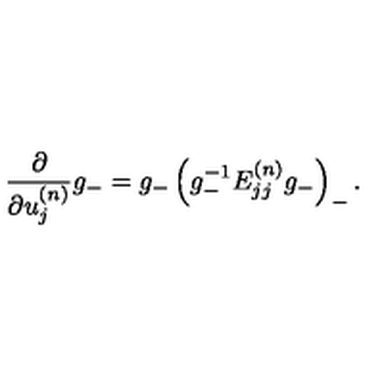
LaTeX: \frac { \partial } { \partial u _ { j } ^ { ( n ) } } g _ { - } = g _ { - } \left( g _ { - } ^ { - 1 } E _ { j j } ^ { ( n ) } g _ { - } \right) _ { - } .